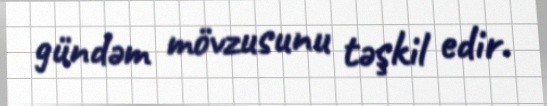
gündəm mövzusunu təşkil edir.